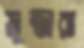
মুন্ডারা